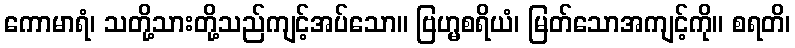
ကောမာရံ၊ သတို့သားတို့သည်ကျင့်အပ်သော။ ဗြဟ္မစရိယံ၊ မြတ်သောအကျင့်ကို။ စရတိ၊